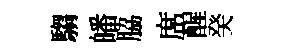
騶皤脇席醒癸